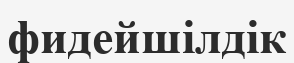
фидейшілдік